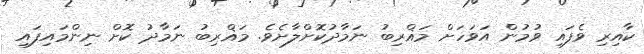
ކާއިރި ވެފައި ވުމުން އަވަހަށް މަޣްރިބު ނަމާދުކޮށްލާށެވެ. މަޣްރިބު ނަމާދު ކޮށް ނިންމައިފައި